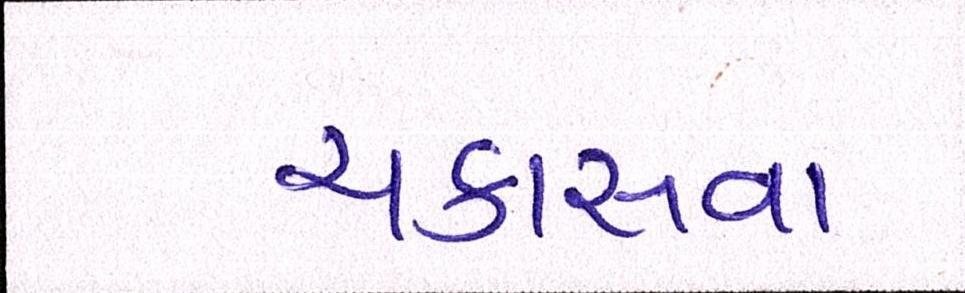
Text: ચકાસવા